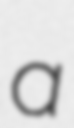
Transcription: a